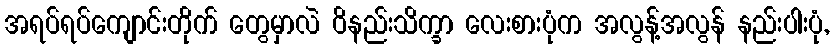
အရပ်ရပ်ကျောင်းတိုက် တွေမှာလဲ ဝိနည်းသိက္ခာ လေးစားပုံက အလွန့်အလွန် နည်းပါးပုံ,